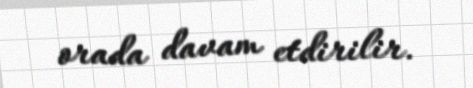
orada davam etdirilir.